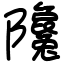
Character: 䧯